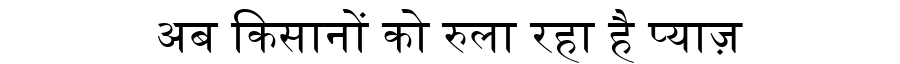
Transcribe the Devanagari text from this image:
अब किसानों को रुला रहा है प्याज़